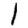
Digit: 1